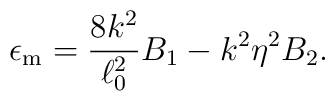
\epsilon_{\rm m} ={8 k^2 \over \ell_0^2} B_1 - k^2 \eta^2 B_2.